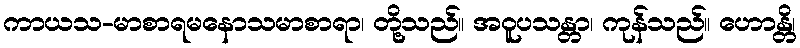
ကာယသ-မာစာရမနောသမာစာရာ၊ တို့သည်။ အဝူပသန္တာ၊ ကုန်သည်။ ဟောန္တိ၊